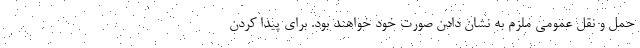
حمل و نقل عمومی ملزم به نشان دادن صورت خود خواهند بود. برای پیدا کردن